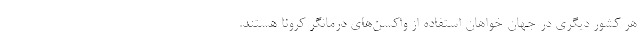
هر کشور دیگری در جهان خواهان استفاده از واکسن‌های درمانگر کرونا هستند.